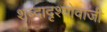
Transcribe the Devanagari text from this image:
शब्दादृश्योवाजी